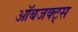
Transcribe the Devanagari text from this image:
ऑबजक्ट्स